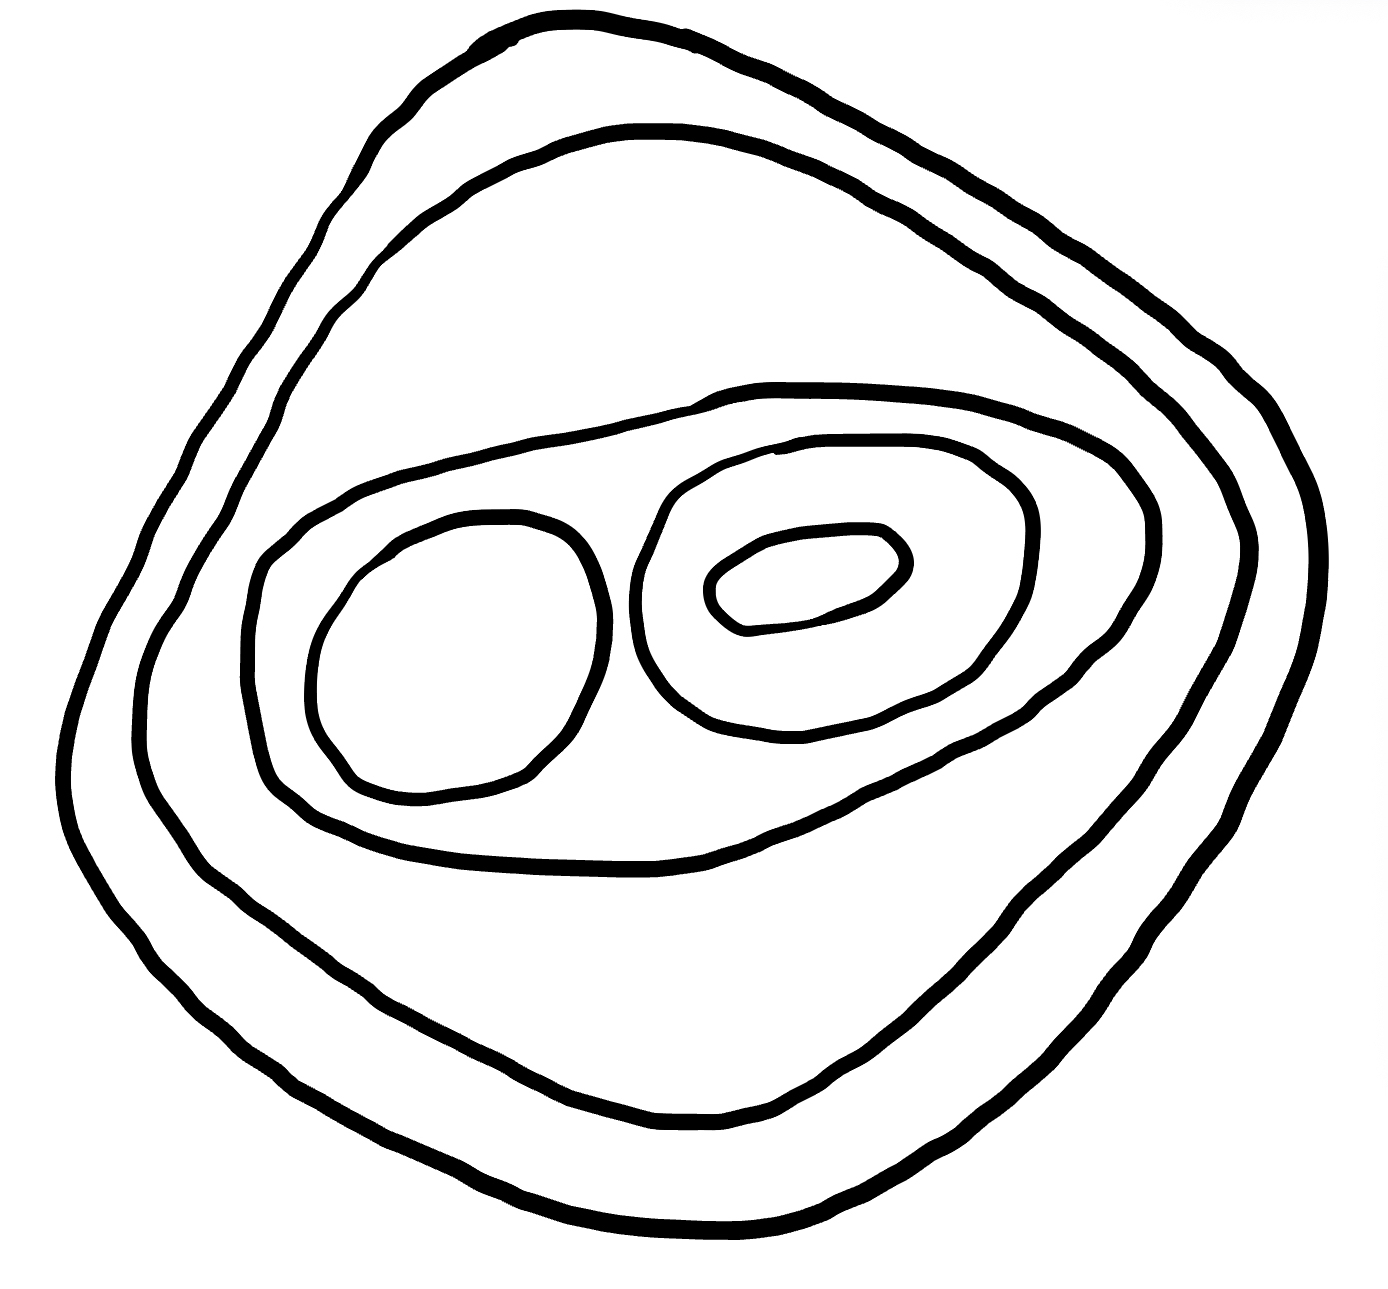
Number of regions (including the outer root region): 7
Containment tree edges (parent, child): 0, 1, 1, 2, 2, 3, 3, 4, 3, 5, 5, 6